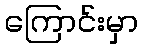
ကြောင်းမှာ